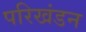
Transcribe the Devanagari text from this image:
परिखंडन